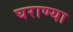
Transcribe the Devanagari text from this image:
घराण्या